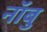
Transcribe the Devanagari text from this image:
नॉबु